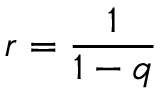
r = \frac { 1 } { 1 - q }